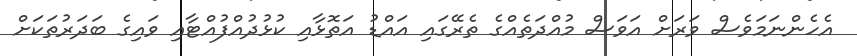
އެހެންނަމަވެސް ވަރަށް އަވަސް މުއްދަތެއްގެ ތެރޭގައި އައްޑު އަތޮޅާއި ކުޅުދުއްފުއްޓާއި ވައިގެ ބަދަރުތަކަށް